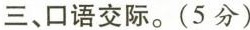
三、口语交际。(5分)